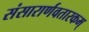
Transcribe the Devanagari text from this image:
संसारार्णवतारकम्